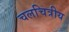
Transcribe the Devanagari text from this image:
चलचित्रीय